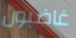
غاضبون